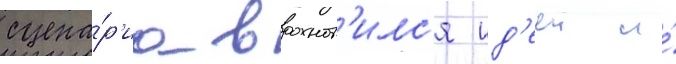
сцена́р'иа вдохнов'илс'я ид'ееи и́